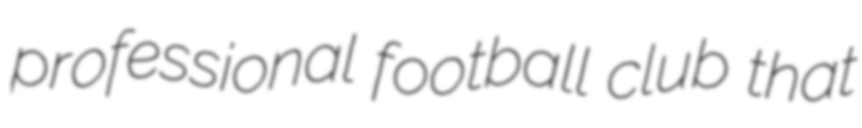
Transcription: professional football club that